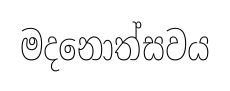
මදනොත්සවය